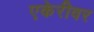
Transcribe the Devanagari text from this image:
एकेरीवर